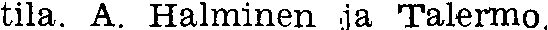
tila. A. Halminen ja Talermo.